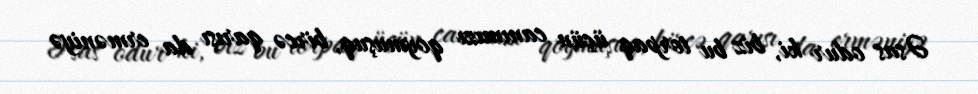
Əsas odur ki, biz bu torpaq üçün canımızı qoymuşuq, bircə qarışı da erməniyə